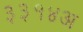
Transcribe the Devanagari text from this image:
३३१४अ